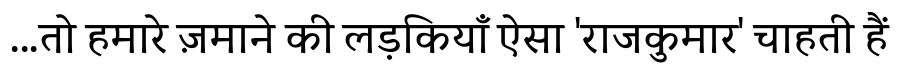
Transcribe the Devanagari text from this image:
...तो हमारे ज़माने की लड़कियाँ ऐसा 'राजकुमार' चाहती हैं